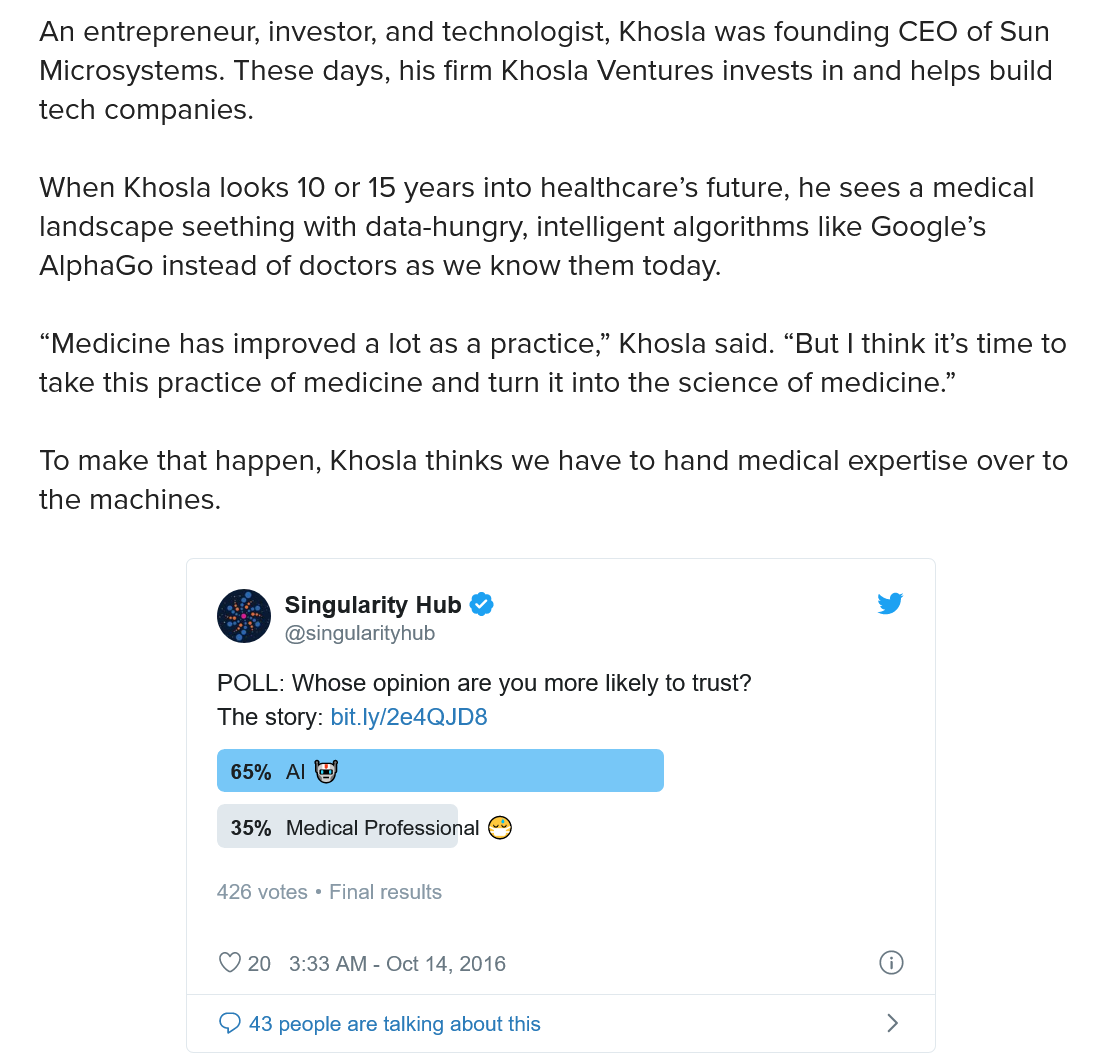
An entrepreneur, investor, and technologist, Khosla was founding CEO of Sun
   Microsystems. These days, his firm Khosla Ventures invests in and helps build
   tech companies.
   When Khosla looks 10 or 15 years into healthcare’s future, he sees a medical
   landscape seething with data-hungry, intelligent algorithms like Google’s
   AlphaGo instead of doctors as we know them today.
   “Medicine has improved a lot as a practice,” Khosla said. “But | think it’s time to
   take this practice of medicine and turn it into the science of medicine.”
   To make that happen, Khosla thinks we have to hand medical expertise over to
   the machines.
     Singularity Hub @
     @singularityhub
     POLL: Whose opinion are you more likely to trust?
     The story: bit.ly/2e4QJD8
     5)
     eS
     35% Medical Professional ©
     426 votes ° Final results
     © 20 3:33 AM
     -
     Oct 14, 2016
     © 43 people are talking about this
     POLL: Whose opinion are you more likely to trust?
     The story: bit.ly/2e4QJD8
     Singularity Hub @
     @singularityhub
     65% Al &)
     35% Medical Professional ©
     426 votes * Final results
     © 20 3:33 AM
     -
     Oct 14, 2016
     © 43 people are talking about this